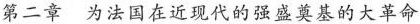
第二章 为法国在近现代的强盛奠基的大革命